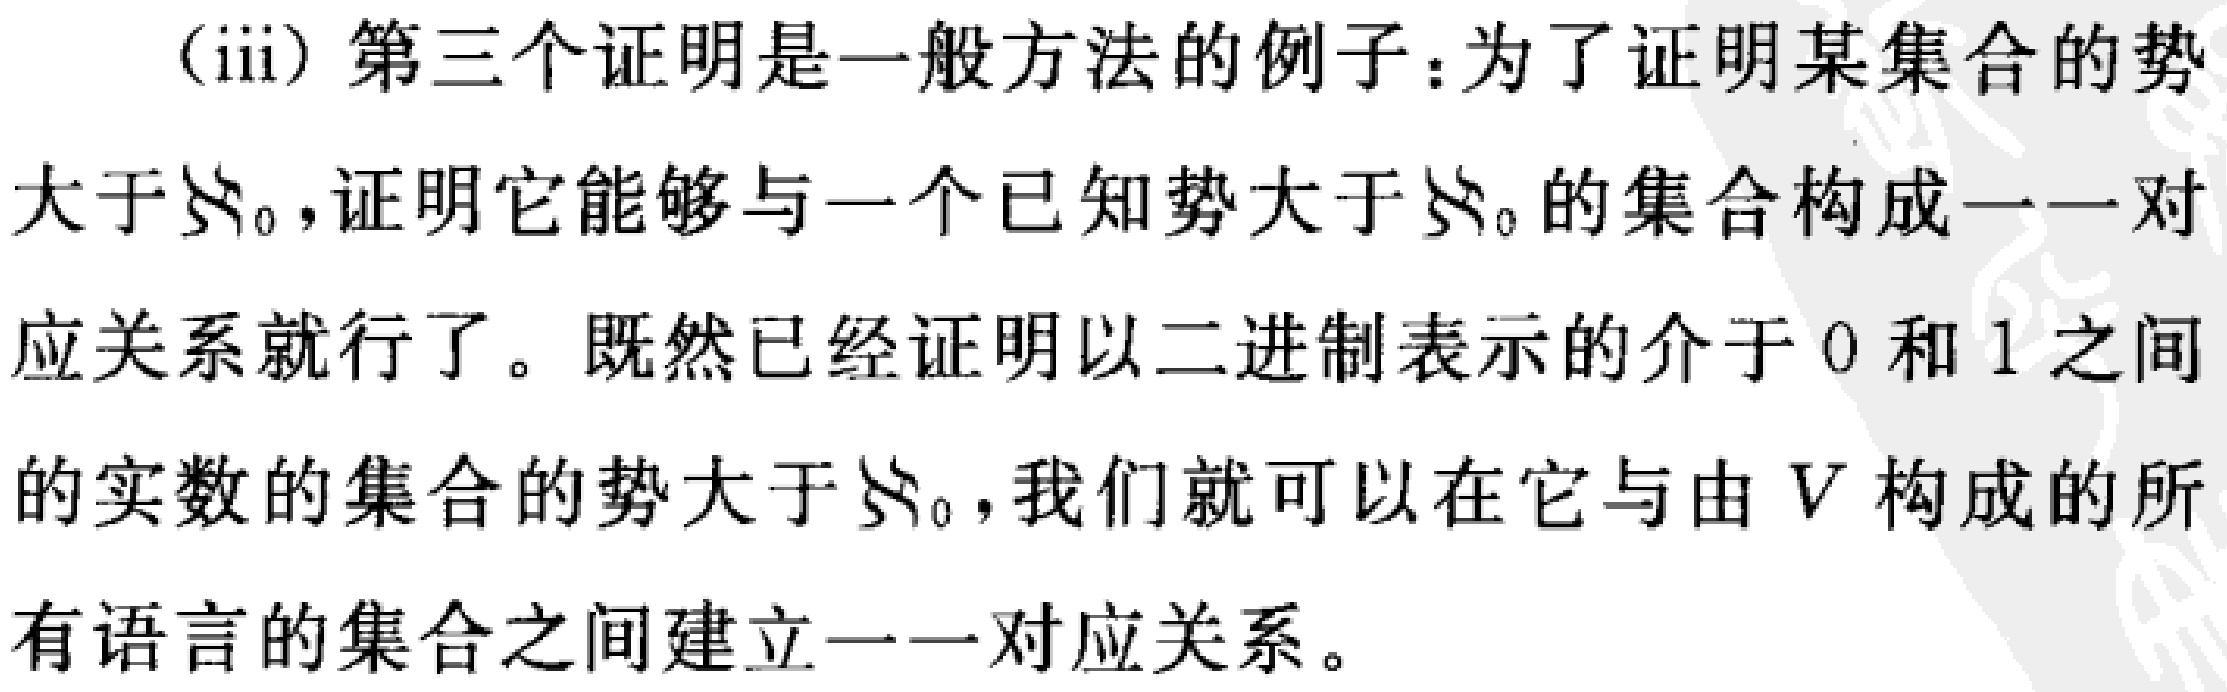
(iii) 第三个证明是一般方法的例子：为了证明某集合的势大于\(\aleph_0\)，证明它能够与一个已知势大于\(\aleph_0\)的集合构成一一对应关系就行了。既然已经证明以二进制表示的介于\(0\)和\(1\)之间的实数的集合的势大于\(\aleph_0\)，我们就可以在它与由\(V\)构成的所有语言的集合之间建立一一对应关系。